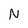
Character: N